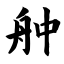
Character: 舯